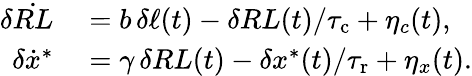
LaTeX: \begin{array}{rl}{\delta\dot{RL}}&{{}=b\, \delta\ell(t)-\delta RL(t)/{\tau_{\mathrm{c}}}+\eta_{c}(t),}\\ {\delta\dot{x}^{*}}&{{}=\gamma\, \delta RL(t)-\delta x^{*}(t)/{\tau_{\mathrm{r}}}+\eta_{x}(t).}\end{array}